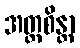
အတ္ထစိန္တာ